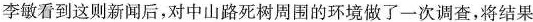
李敏看到这则新闻后，对中山路死树周围的环境做了一次调查，将结果